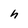
Character: h